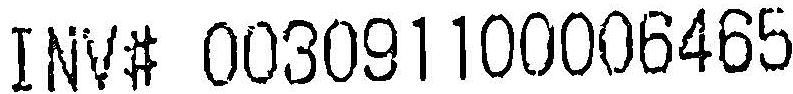
INV# 003091100006465